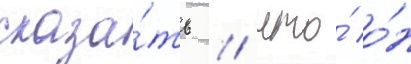
сказа́ть / что́ о́н